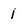
Character: 1